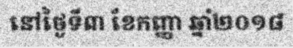
នៅថ្ងៃទី៣ ខែកញ្ញា ឆ្នាំ២០១៨